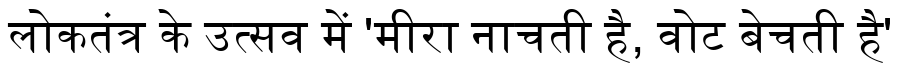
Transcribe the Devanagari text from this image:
लोकतंत्र के उत्सव में 'मीरा नाचती है, वोट बेचती है'